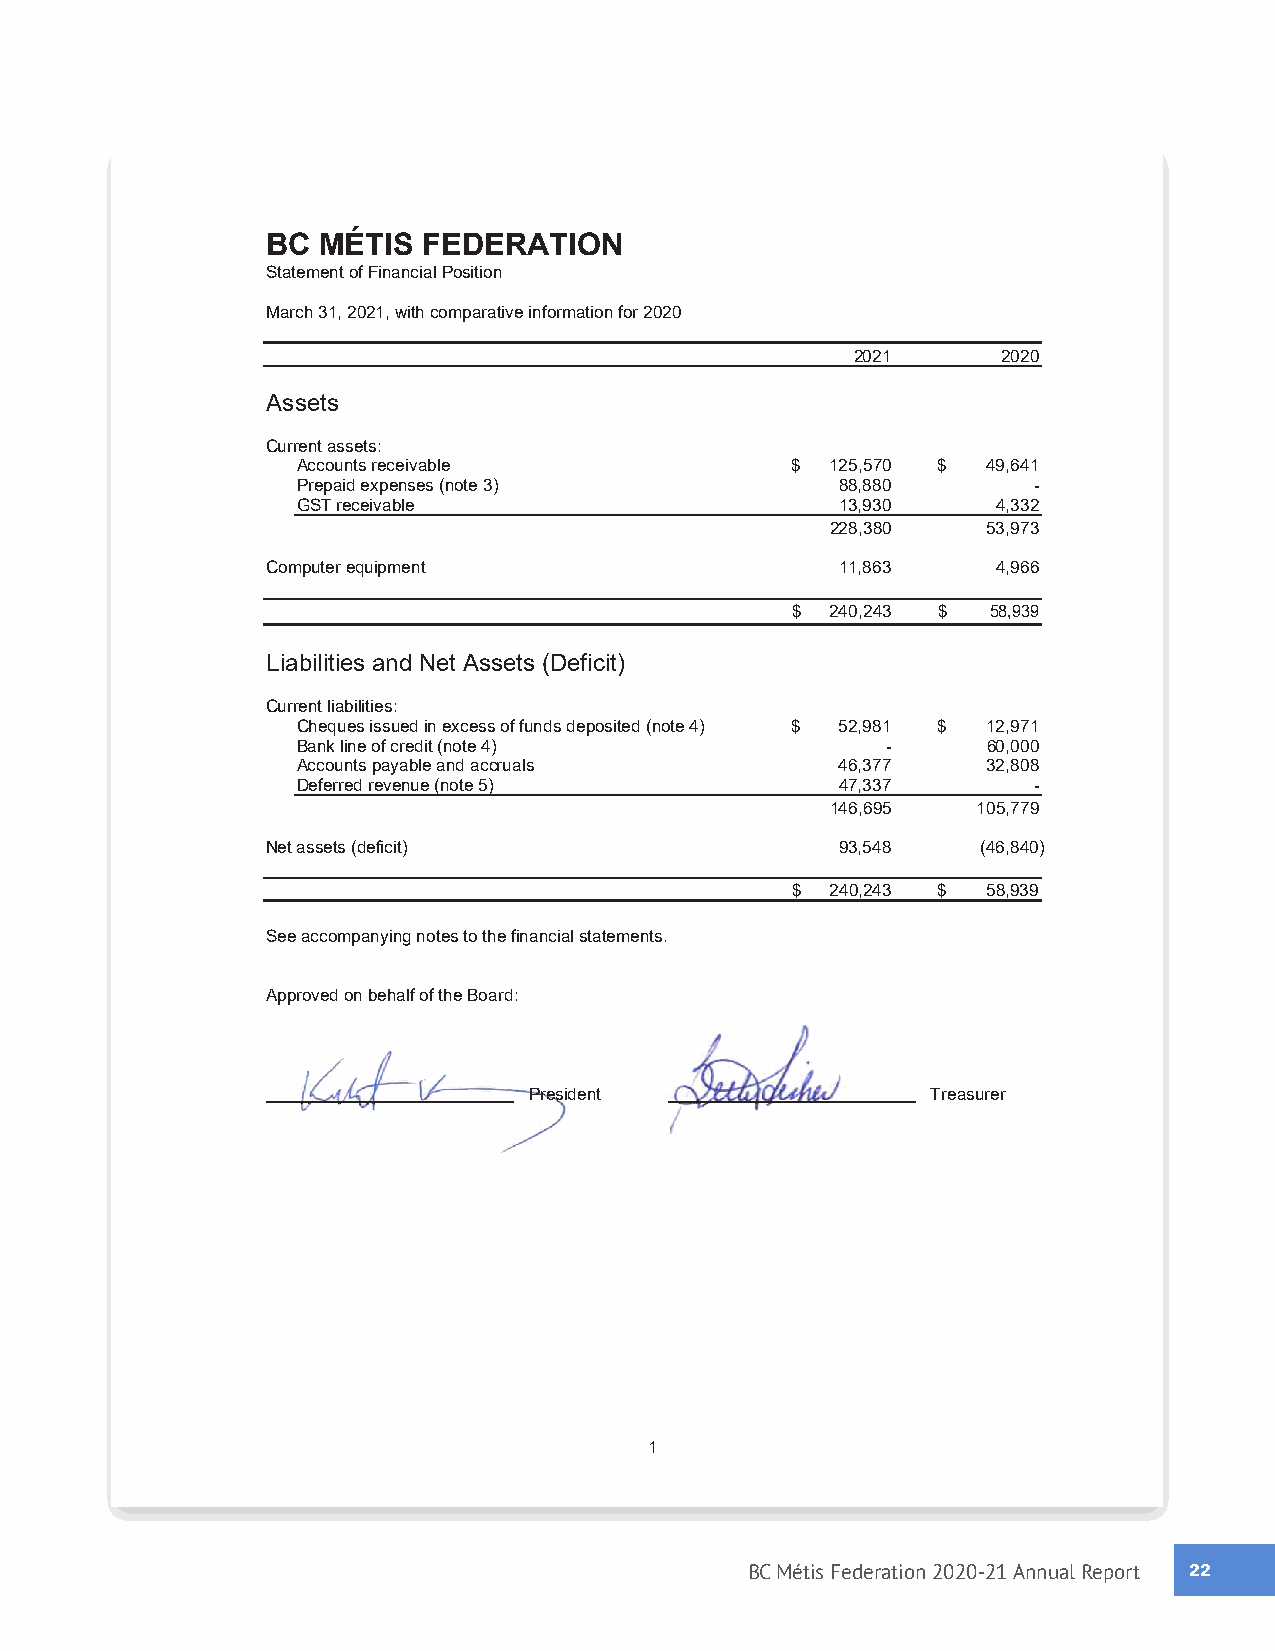
BC MÉTIS  FEDERATION
 Statement of Financial Position
 March 31, 2021, with comparative information for 2020
 2021     2020
 Assets
 Current assets:
 Accounts receivable             $  125,570 $ 49,641
 Prepaid expenses (note 3)           88,880      -
 GST receivable                      13,930    4,332
 228,380   53,973
 Computer equipment                    11,863    4,966
 $  240,243 $  58,939
 Liabilities and Net Assets (Deficit)
 Current liabilities:
 Cheques issued in excess of funds deposited (note 4) $ 52,981 $ 12,971
 Bank line of credit (note 4)           -     60,000
 Accounts payable and accruals       46,377   32,808
 Deferred revenue (note 5)           47,337      -
 146,695   105,779
 Net assets (deficit)                  93,548   (46,840)
 $  240,243 $ 58,939
 See accompanying notes to the financial statements.
 Approved on behalf of the Board:
 President                  Treasurer
 1
 BC Métis Federation 2020-21 Annual Report 2222